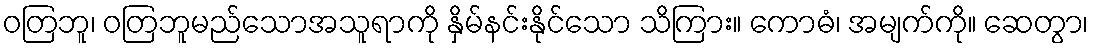
ဝတြဘူ၊ ဝတြဘူမည်သောအသူရာကို နှိမ်နင်းနိုင်သော သိကြား။ ကောဓံ၊ အမျက်ကို။ ဆေတွာ၊